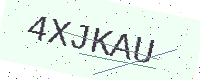
Text: 4XJKAU